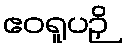
ဧဝရူပဉှိ